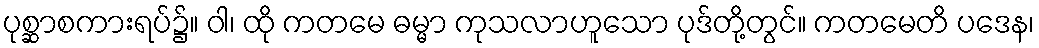
ပုစ္ဆာစကားရပ်၌။ ဝါ၊ ထို ကတမေ ဓမ္မာ ကုသလာဟူသော ပုဒ်တို့တွင်။ ကတမေတိ ပဒေန၊